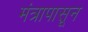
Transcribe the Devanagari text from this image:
मंत्रापासून